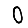
Digit: 0